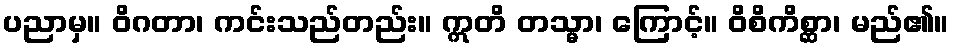
ပညာမှ။ ဝိဂတာ၊ ကင်းသည်တည်း။ ဣတိ တသ္မာ၊ ကြောင့်။ ဝိစိကိစ္ဆာ၊ မည်၏။